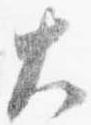
大